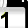
Digit: 1